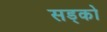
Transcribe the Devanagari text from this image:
सड्को